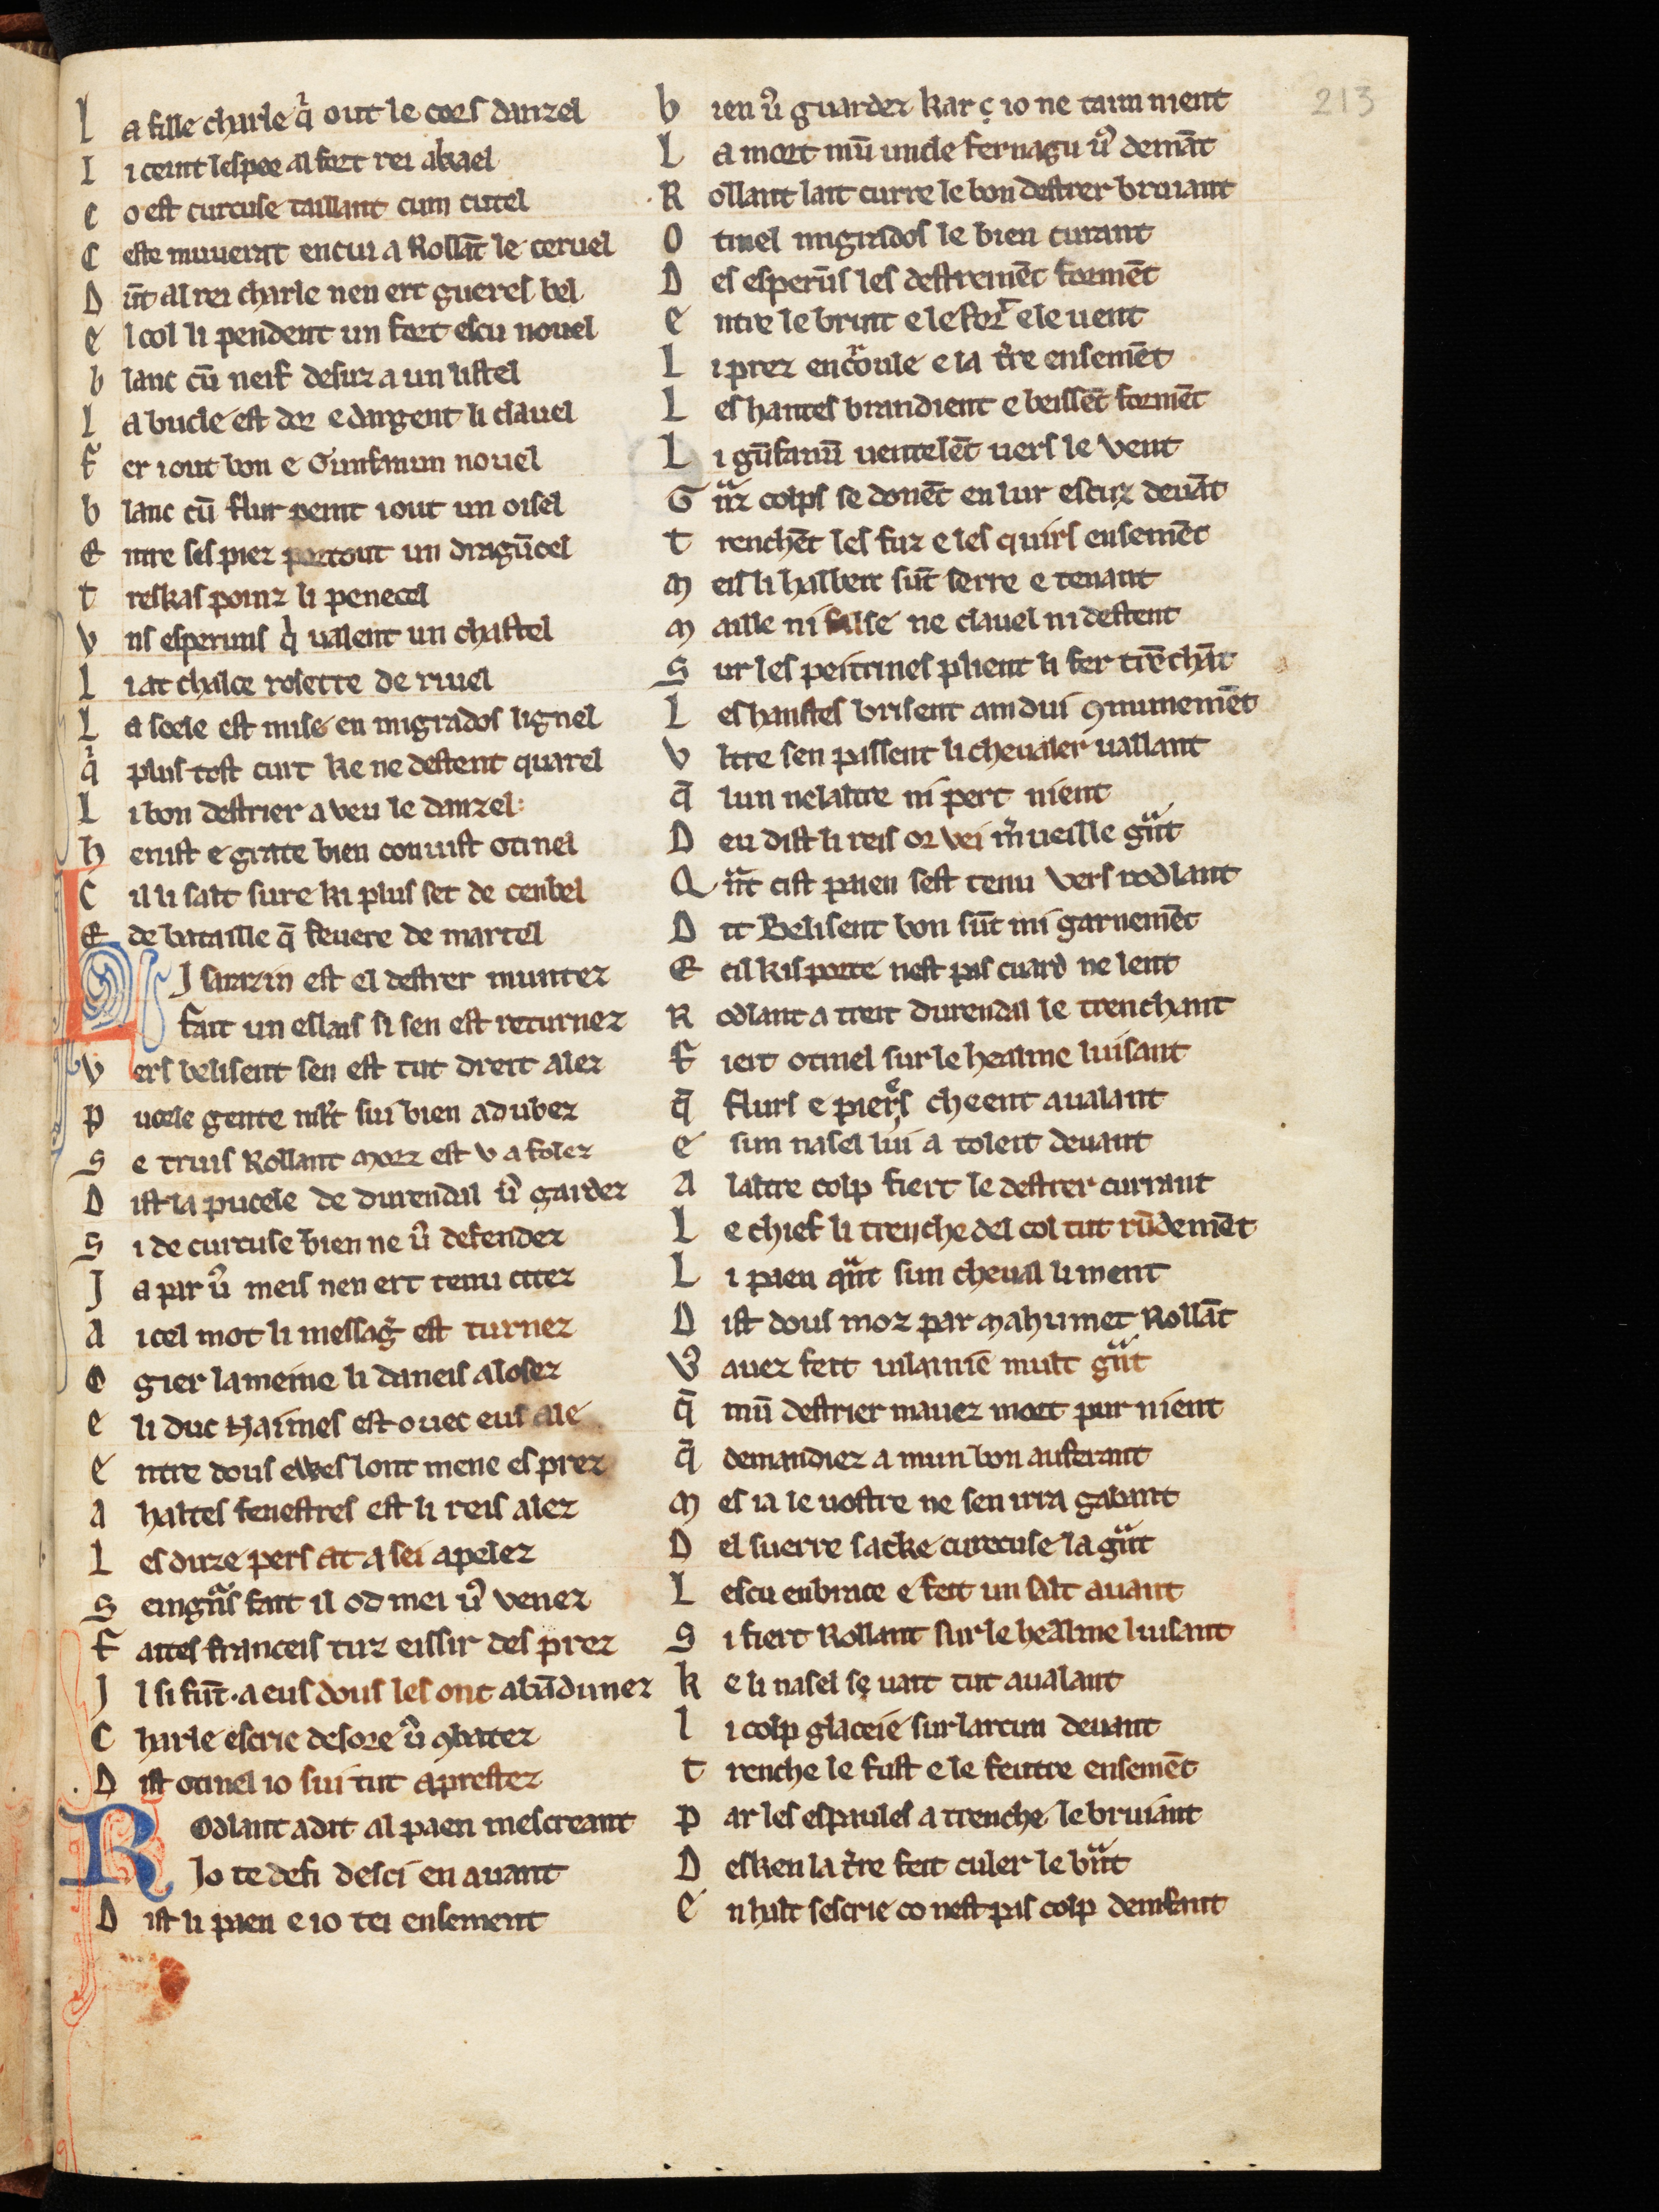
Shelfmark: Cologne, Bodmer, 168
Century: 13